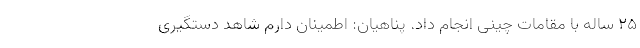
۲۵ ساله با مقامات چینی انجام داد. پناهیان: اطمینان دارم شاهد دستگیری